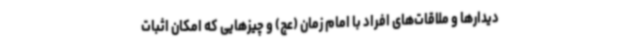
دیدارها و ملاقات‌های افراد با امام زمان (عج) و چیزهایی که امکان اثبات